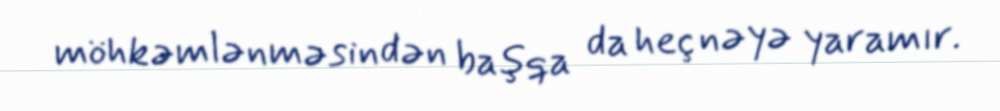
möhkəmlənməsindən başqa da heç nəyə yaramır.